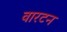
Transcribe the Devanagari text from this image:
वारटन